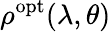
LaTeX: \rho^{\mathrm{{opt}}}(\lambda,\theta)